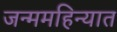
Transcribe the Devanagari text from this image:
जन्ममहिन्यात